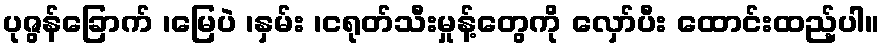
ပုဇွန်ခြောက် ၊မြေပဲ ၊နှမ်း ၊ငရုတ်သီးမှုန့်တွေကို လှော်ပီး ထောင်းထည့်ပါ။